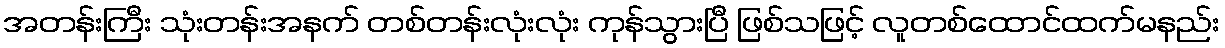
အတန်းကြီး သုံးတန်းအနက် တစ်တန်းလုံးလုံး ကုန်သွားပြီ ဖြစ်သဖြင့် လူတစ်ထောင်ထက်မနည်း